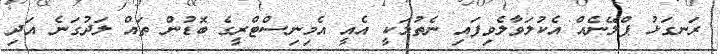
ރަނގަޅު ޕްލޭނެއް އެކުލަވާލެވިފައި ނެތުމަކީ އެއީ އެމިނިސްޓްރީގެ ބޮޑުން ތައް ލަދުގަނެ އަދި